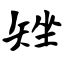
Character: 矬